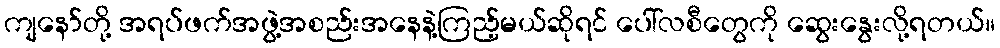
ကျနော်တို့ အရပ်ဖက်အဖွဲ့အစည်းအနေနဲ့ကြည့်မယ်ဆိုရင် ပေါ်လစီတွေကို ဆွေးနွေးလို့ရတယ်။